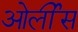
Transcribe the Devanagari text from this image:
ओर्लींस